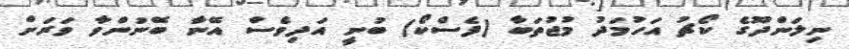
ނިލަންދޫގެ ކޯޗު އަހުމަދު މުޖުތަބާ (ފެސްކޯ) ބުނީ އަދިވެސް އޭނާ ބޭނުންވާ ވަރަށް